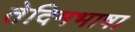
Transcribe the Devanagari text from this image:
तेदिमभाषा